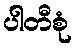
ပါတီစုံ